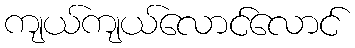
ကျယ်ကျယ်လောင်လောင်